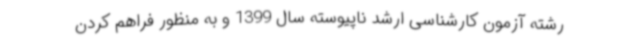
رشته آزمون کارشناسی ارشد ناپیوسته سال 1399 و به منظور فراهم کردن